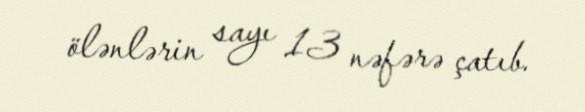
ölənlərin sayı 13 nəfərə çatıb.